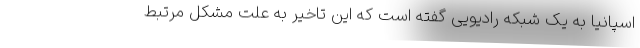
اسپانیا به یک شبکه رادیویی گفته است که این تاخیر به علت مشکل مرتبط